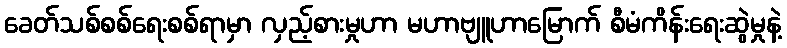
ခေတ်သစ်စစ်ရေးစစ်ရာမှာ လှည့်စားမှုဟာ မဟာဗျူဟာမြောက် စီမံကိန်းရေးဆွဲမှုနဲ့